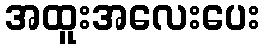
အထူးအလေးပေး